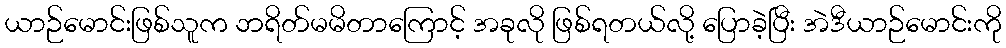
ယာဉ်မောင်းဖြစ်သူက ဘရိတ်မမိတာကြောင့် အခုလို ဖြစ်ရတယ်လို့ ပြောခဲ့ပြီး အဲဒီယာဉ်မောင်းကို